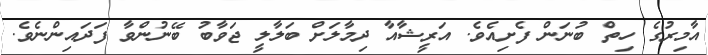
އާމިރުގެ ހިތް ބުނަން ފެށިއެވެ. އަރީޝާއާ ދިމާލަށް ބަލާލީ ޖަވާބު ބޭނުންވާ ފަދައިންނެވެ.